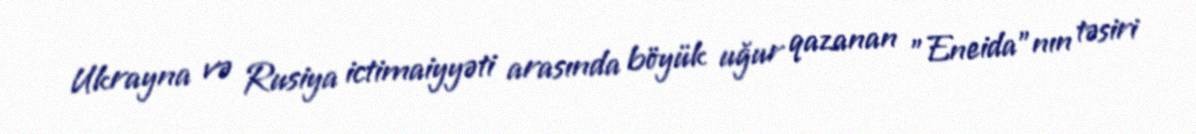
Ukrayna və Rusiya ictimaiyyəti arasında böyük uğur qazanan "Eneida"nın təsiri